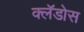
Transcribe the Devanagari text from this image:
क्लॅडोस